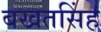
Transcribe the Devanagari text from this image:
बखतसिंह